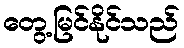
တွေ့မြင်နိုင်သည်